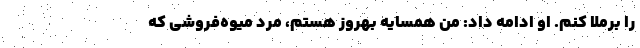
را برملا کنم. او ادامه داد: من همسایه بهروز هستم، مرد میوه‌فروشی که